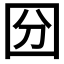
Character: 𡇇